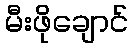
မီးဖိုချောင်